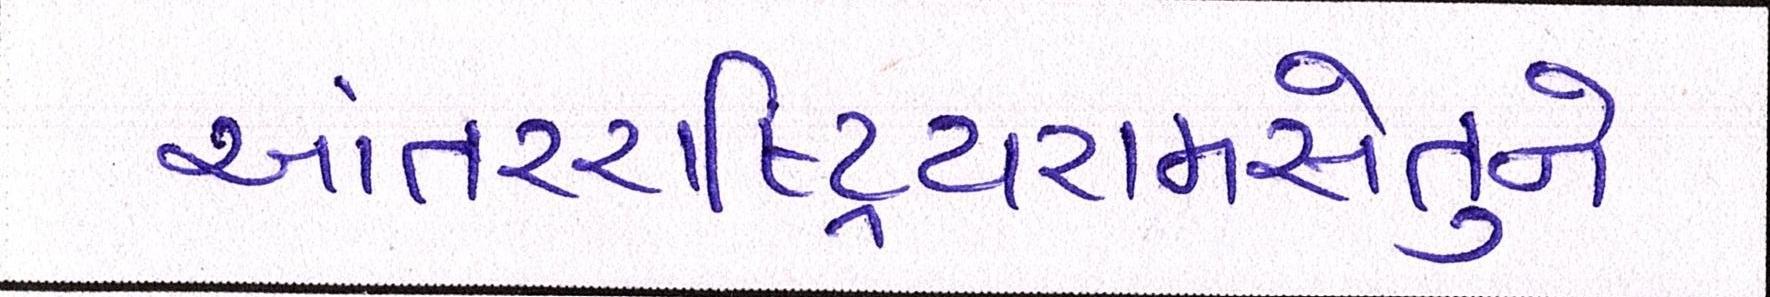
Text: આંતરરાષ્ટ્રિયરામસેતુને